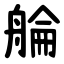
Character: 䑳